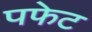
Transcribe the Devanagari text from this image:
पफेट